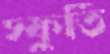
স্ফুর্তি